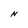
Character: N